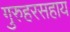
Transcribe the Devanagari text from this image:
गुरुहरसहाय